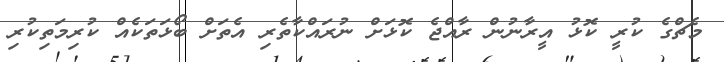
މެޗްގެ ކުރީ ކޮޅު އީރާނުން ރާއްޖެ ކޮޅަށް ނުރައްކާތެރި އެތަށް ބޯޅަތަކެއް ކުރިމަތިކުރި